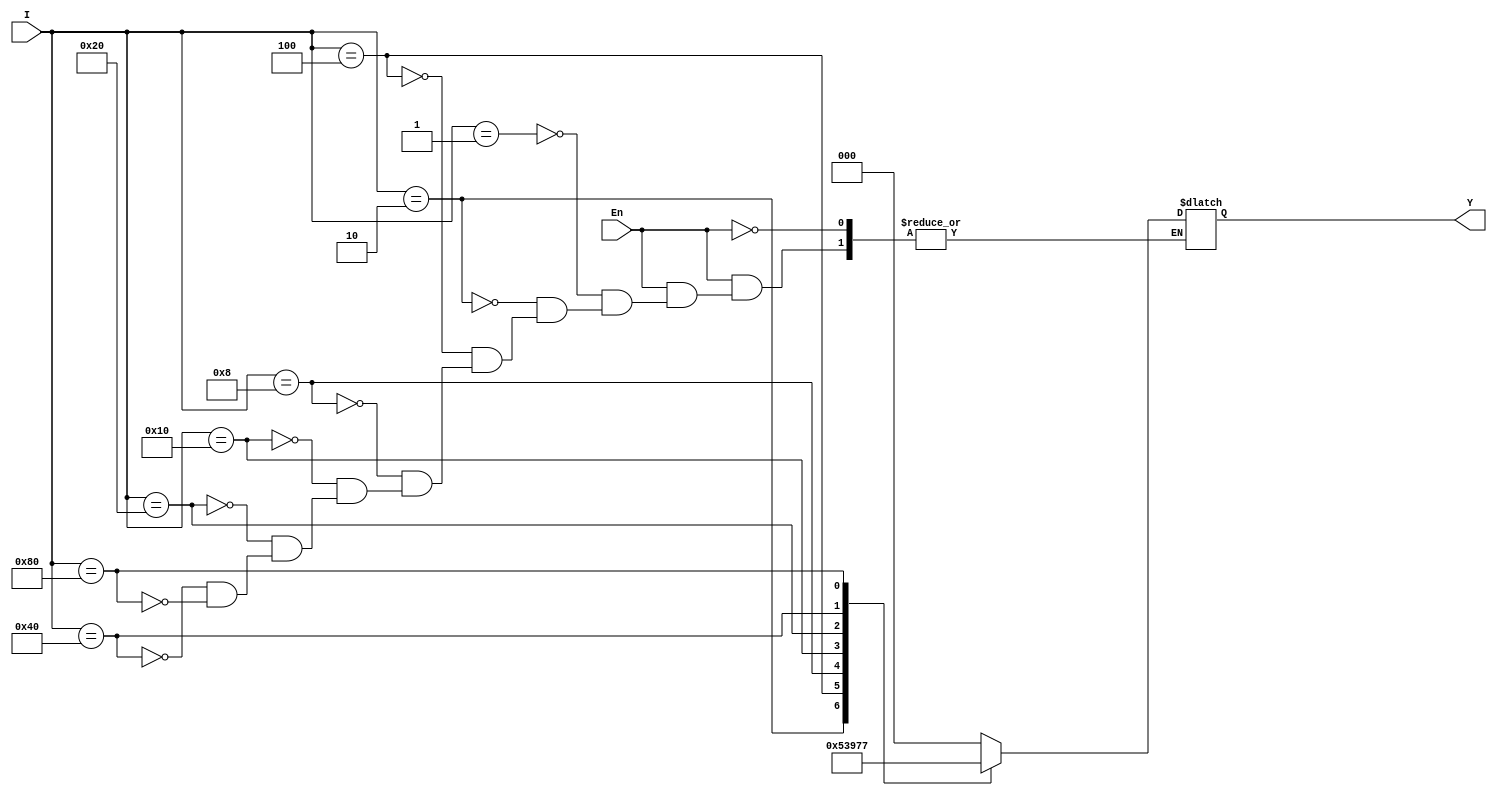
`timescale 1ns / 1ps
//////////////////////////////////////////////////////////////////////////////////
// Company: 
// Engineer: 
// 
// Design Name: 
// Module Name: encoder_8_3
// Project Name: 
// Target Devices: 
// Tool Versions: 
// Description: 
// 
// Dependencies: 
// 
// Revision:
// Revision 0.01 - File Created
// Additional Comments:
// 
//////////////////////////////////////////////////////////////////////////////////


module encoder_8_3(I,En,Y);

        input [7:0] I;
        input En;
        output reg [2:0] Y;
        
        always@(I or En)
        begin
            if(En)
                case(I)
                8'b0000_0001: Y = 3'd0;
                8'b0000_0010: Y = 3'd1;
                8'b0000_0100: Y = 3'd2;
                8'b0000_1000: Y = 3'd3;
                8'b0001_0000: Y = 3'd4;
                8'b0010_0000: Y = 3'd5;
                8'b0100_0000: Y = 3'd6;
                8'b1000_0000: Y = 3'd7;
                endcase
            else;
        end     
endmodule